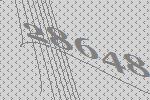
28648